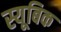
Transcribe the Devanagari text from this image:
स्यूबिक